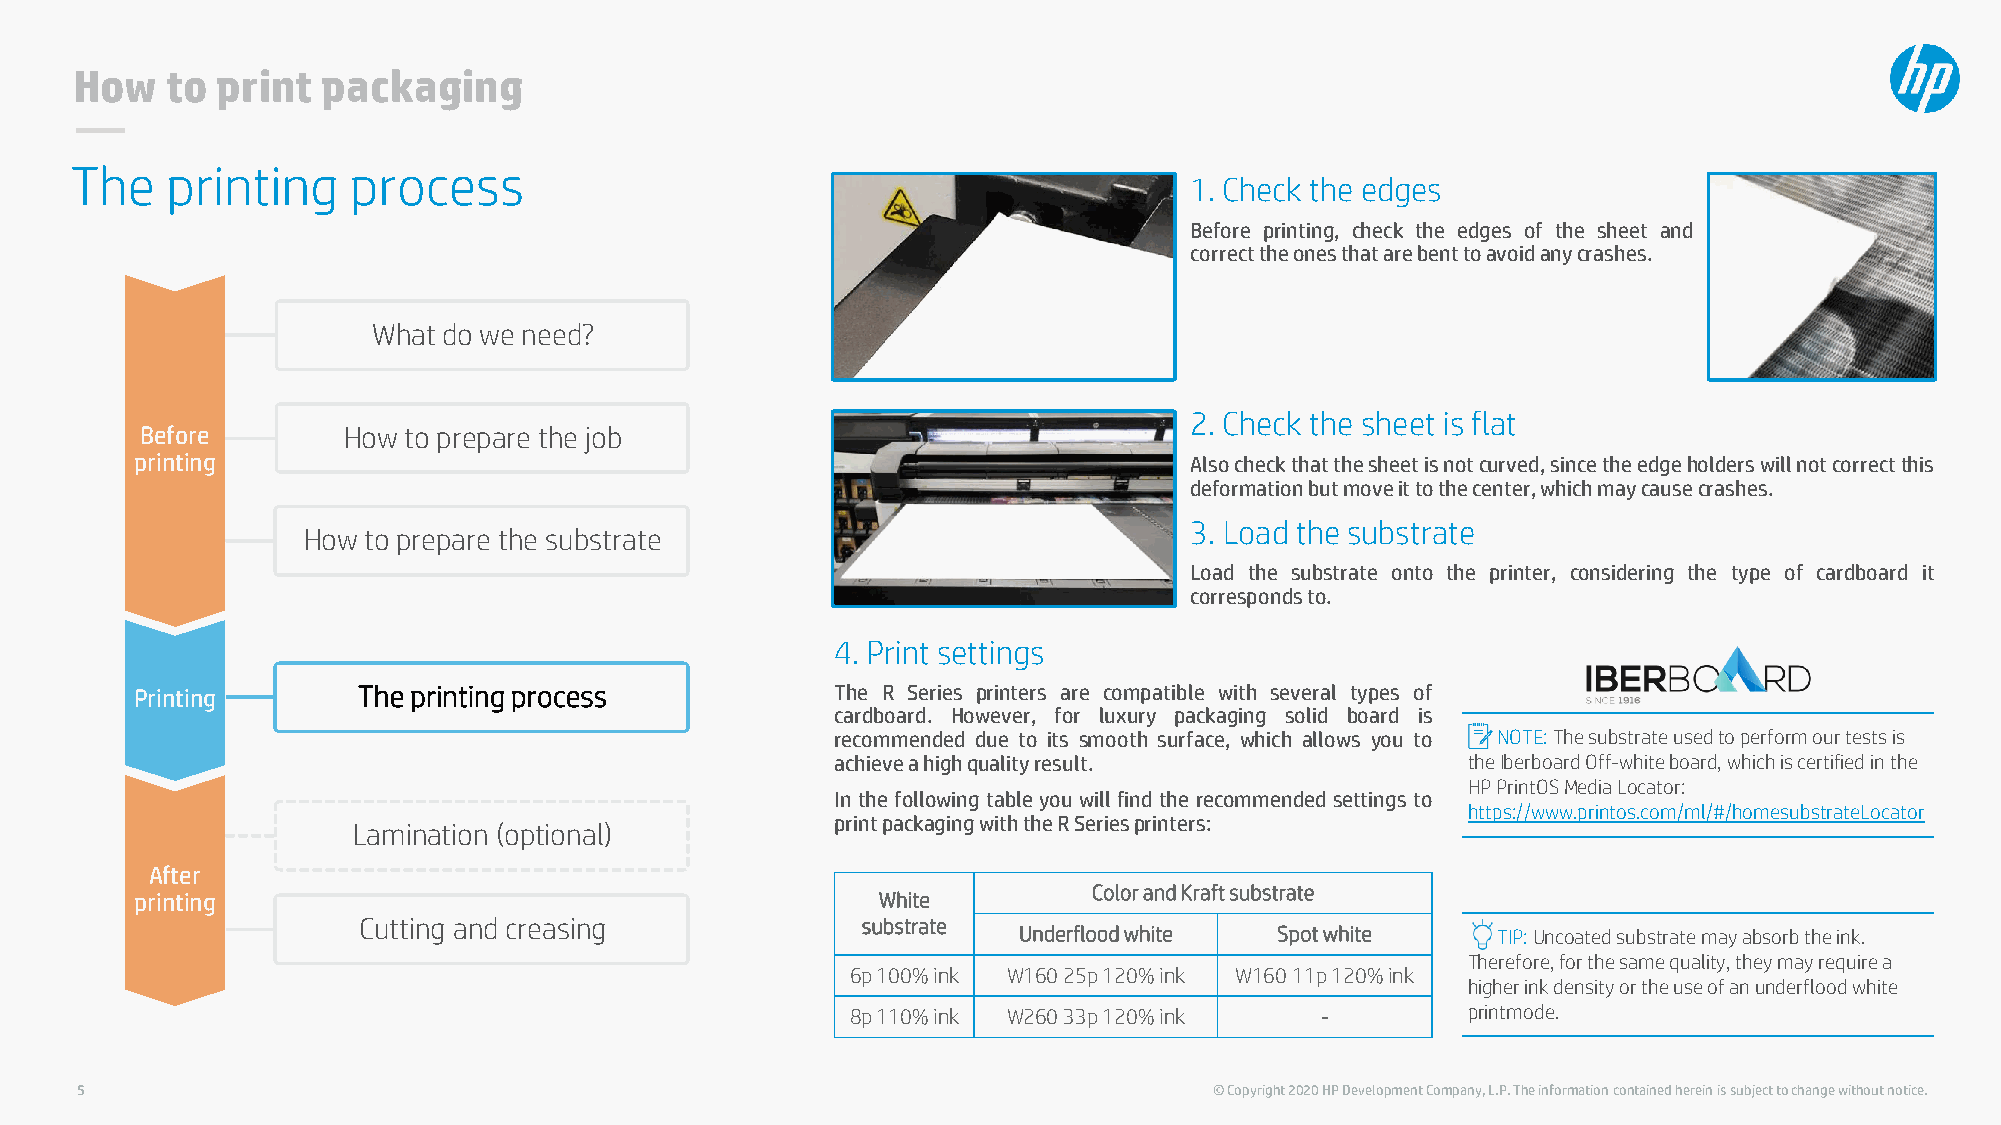
How   to print  packaging
 The   printing    process
 1. Check the edges
 Before printing, check the edges of the sheet and
 correcttheonesthatarebenttoavoidanycrashes.
 What do we need?
 2. Check the sheet is flat
 Before        How to prepare the job
 printing                                                              Alsocheckthatthesheetisnotcurved,sincetheedgeholderswillnotcorrectthis
 deformationbutmoveittothecenter,whichmaycausecrashes.
 3. Load the substrate
 How to prepare the substrate
 Load the substrate onto the printer, considering the type of cardboard it
 correspondsto.
 4. Print settings
 Printing       The printing process           The R Series printers are compatible with several types of
 cardboard. However, for luxury packaging solid board is
 recommended due to its smooth surface, which allows you to NOTE: The substrate used to perform our tests is
 achieveahighqualityresult.                the IberboardOff-white board, which is certified in the
 HP PrintOSMedia Locator:
 In the following table youwill find the recommended settings to
 https://www.printos.com/ml/#/homesubstrateLocator
 printpackagingwiththeRSeriesprinters:
 Lamination (optional)
 After
 Color and Kraft substrate
 printing                                         White
 Cutting and creasing             substrate
 Underfloodwhite   Spot white    TIP: Uncoated substrate may absorb the ink.
 Therefore, for the same quality, they may require a
 6p 100% ink W160 25p 120% ink W160 11p 120% ink
 higher ink density or the use of an underfloodwhite
 8p 110% ink W260 33p 120% ink  -         printmode.
 5                                                                          © Copyright 2020 HP Development Company, L.P. The information contained herein is subject to change without notice.